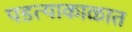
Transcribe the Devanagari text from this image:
पडत्याकाळात